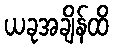
ယခုအချိန်ထိ